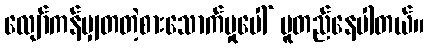
လျော်ကန်မျှတတဲ့စားသောက်မှုပေါ် မူတည်နေပါတယ်။